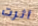
أثرت